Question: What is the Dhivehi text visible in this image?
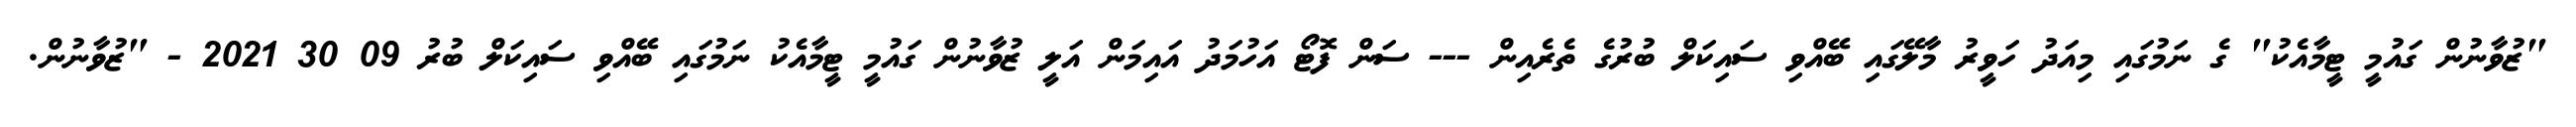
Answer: "ޒުވާނުން ގައުމީ ޓީމާއެކު" ގެ ނަމުގައި މިއަދު ހަވީރު މާލޭގައި ބޭއްވި ސައިކަލް ބުރުގެ ތެރެއިން --- ސަން ފޮޓޯ އަހުމަދު އައިމަން އަލީ ޒުވާނުން ގައުމީ ޓީމާއެކު ނަމުގައި ބޭއްވި ސައިކަލް ބުރު 09 30 2021 - "ޒުވާނުން.